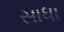
સાધા